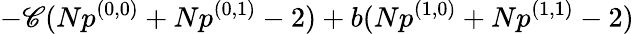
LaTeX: -\mathscr{C}(Np^{(0,0)}+Np^{(0,1)}-2)+b(Np^{(1,0)}+Np^{(1,1)}-2)